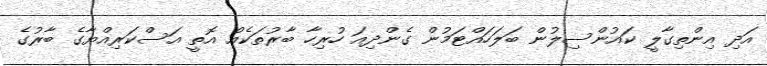
އަދި އިންތިގާލީ ކައުންސިލުން ބަލަހައްޓަމުން ގެންދިއަ ހުރިހާ ބާރުތަކެއް އޮތީ އަސްކަރިއްޔާގެ ބާރުގެ